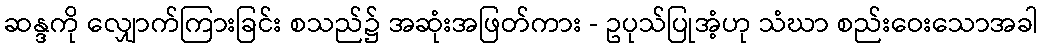
ဆန္ဒကို လျှောက်ကြားခြင်း စသည်၌ အဆုံးအဖြတ်ကား - ဥပုသ်ပြုအံ့ဟု သံဃာ စည်းဝေးသောအခါ